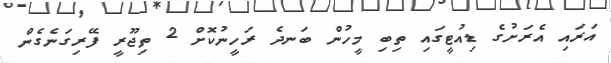
އަރައި އެރަށުގެ ޑިއުޓީގައި ތިބި މީހުން ބަނދެ ރަހީނުކޮށް 2 ތިޖޫރީ ފޭރިގަނެގެން